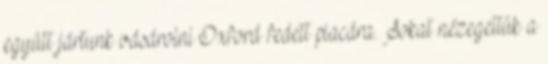
együtt jártunk vásárolni Oxford fedett piacára. Sokat nézegettük a